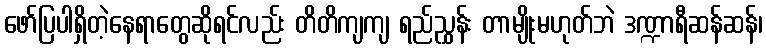
ဖော်ပြပါရှိတဲ့နေရာတွေဆိုရင်လည်း တိတိကျကျ ရည်ညွှန်း တာမျိုးမဟုတ်ဘဲ ဒဏ္ဍာရီဆန်ဆန်၊